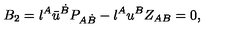
B _ { 2 } = { \l } ^ { A } { \bar { u } } ^ { \dot { B } } P _ { A \dot { B } } - \l ^ { A } { u } ^ { B } Z _ { A B } = 0 ,